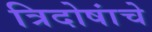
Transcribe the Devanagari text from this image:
त्रिदोषांचे